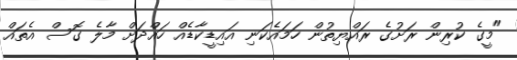
"މީގެ ކުރިން ރަށުގެ ރައްޔިތުން ހަަމައެކަނި އައިޑީކާޑެއް ހައްދަށް މާލެ ގޮސް އެތައް